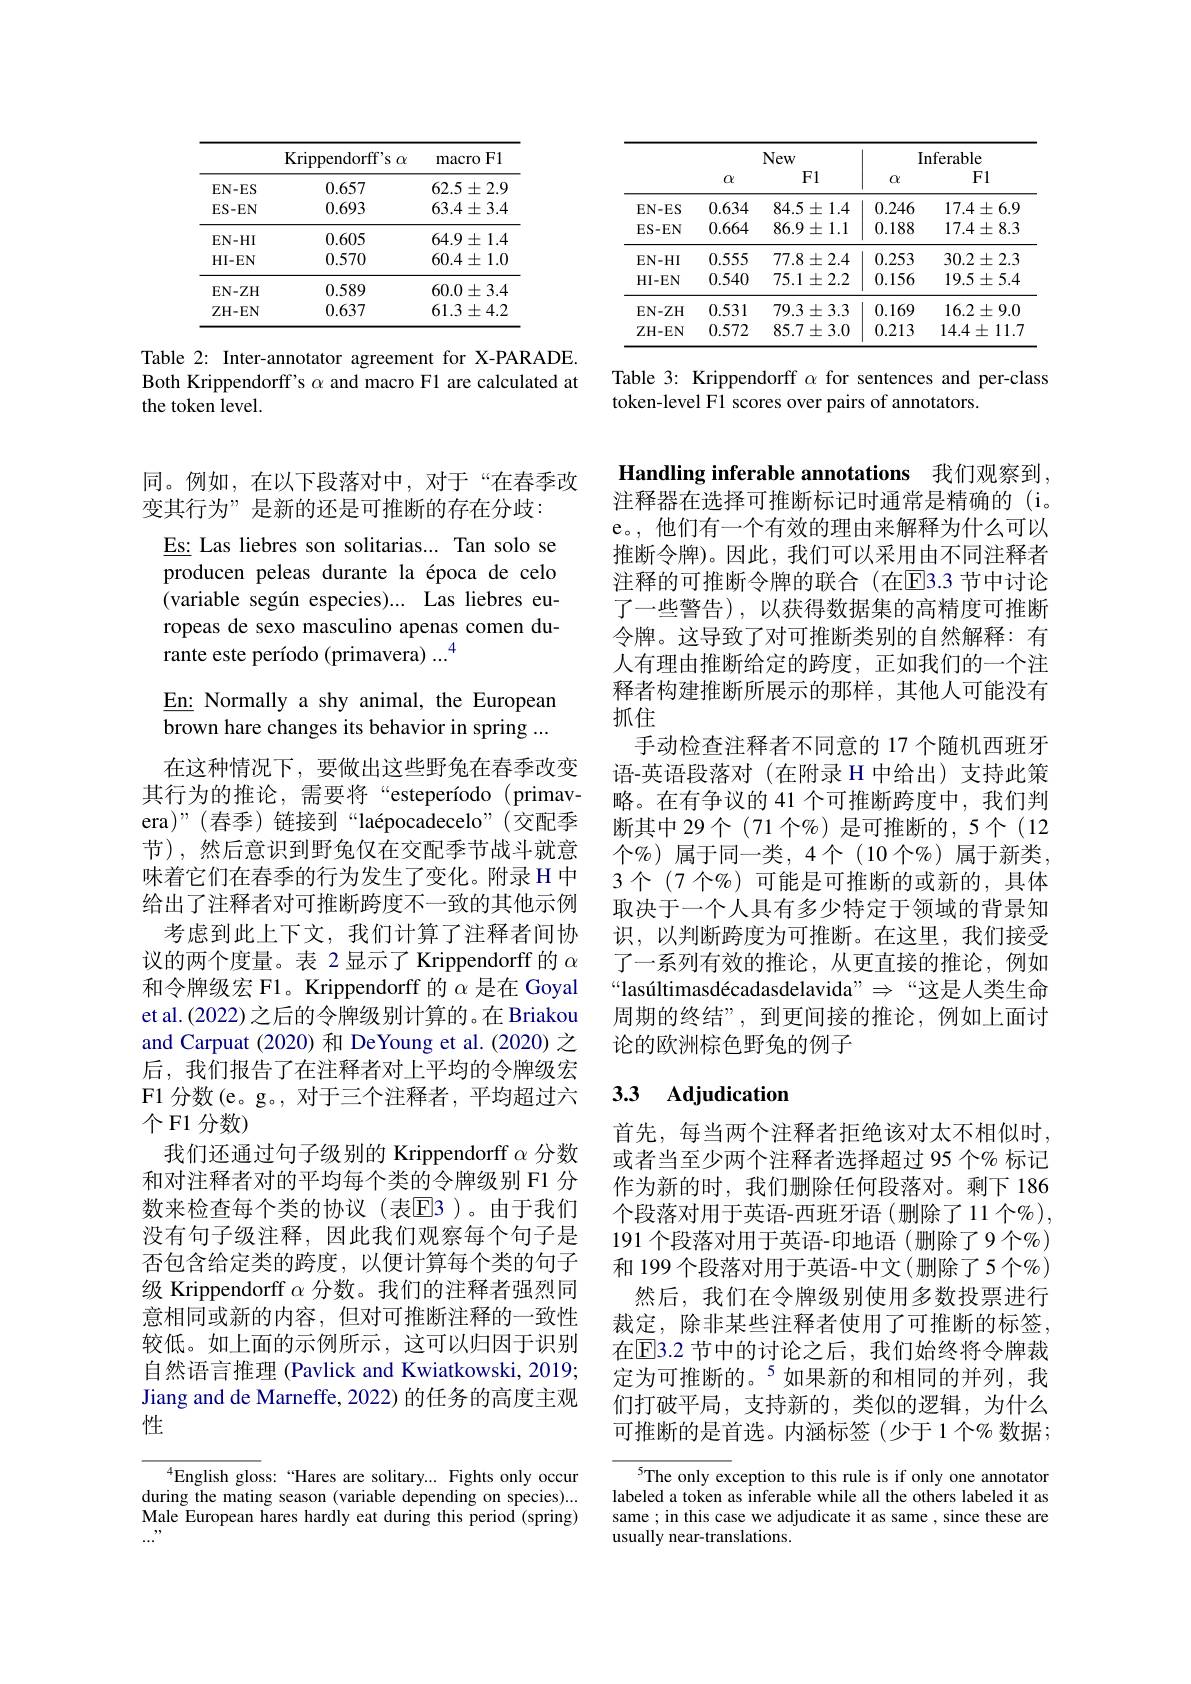
<table>
	<tbody>
		<tr>
			<th> </th>
			<th>Krippendorf$f^{\prime }$s $\alpha$</th>
			<th>$F1$ macro</th>
		</tr>
		<tr>
			<td>$EN-ES$</td>
			<td>0.657</td>
			<td>$62.5\pm2.9$</td>
		</tr>
		<tr>
			<td>$ES-EN$</td>
			<td>0.693</td>
			<td>$63.4\pm3.4$</td>
		</tr>
		<tr>
			<td>$\mathbf{EN-HI}$</td>
			<td>0.605</td>
			<td>$64.9\pm1.4$</td>
		</tr>
		<tr>
			<td>HI- EN</td>
			<td>0.570</td>
			<td>$60.4\pm1.0$</td>
		</tr>
		<tr>
			<td>$\mathbf{EN-ZH}$</td>
			<td>0.589</td>
			<td>$60.0\pm3.4$</td>
		</tr>
		<tr>
			<td>ZH- EN</td>
			<td>0.637</td>
			<td>$61.3\pm4.2$</td>
		</tr>
	</tbody>
</table>

Table 2: Inter-annotator agreement for X-PARADE. Both Krippendorff's $\alpha$ and macro F1 are calculated at the token level.

<table>
	<tbody>
		<tr>
			<th> </th>
			<th>$\alpha$</th>
			<th>New F1</th>
			<th>$II$ $\alpha$</th>
			<th>nferable F1</th>
		</tr>
		<tr>
			<th> </th>
			<th colspan="2">New</th>
			<th colspan="2">Inferable</th>
		</tr>
		<tr>
			<th> </th>
			<th>$\alpha$</th>
			<th>F1</th>
			<th>$\alpha$</th>
			<th>F1</th>
		</tr>
		<tr>
			<td>$EN-ES$</td>
			<td>0.634</td>
			<td>$84.5\pm1.4$</td>
			<td>0.246</td>
			<td>$17.4\pm6.9$</td>
		</tr>
		<tr>
			<td>ES- EN</td>
			<td>0.664</td>
			<td>$86.9\pm1.1$</td>
			<td>0.188</td>
			<td>$17.4\pm8.3$</td>
		</tr>
		<tr>
			<td>$EN-HI$</td>
			<td>0.555</td>
			<td>$77.8\pm2.4$</td>
			<td>0.253</td>
			<td>$30.2\pm2.3$</td>
		</tr>
		<tr>
			<td>$HI-EN$</td>
			<td>0.540</td>
			<td>$75.1\pm2.2$</td>
			<td>0.156</td>
			<td>$19.5\pm5.4$</td>
		</tr>
		<tr>
			<td>$EN-ZH$</td>
			<td>0.531</td>
			<td>$79.3\pm3.3$</td>
			<td>0.169</td>
			<td>$16.2\pm9.0$</td>
		</tr>
		<tr>
			<td>ZH- EN</td>
			<td>0.572</td>
			<td>$85.7\pm3.0$</td>
			<td>0.213</td>
			<td>$14.4\pm11.7$</td>
		</tr>
	</tbody>
</table>

Table 3: Krippendorff $\alpha$ for sentences and per-class
token-level F1 scores over pairs of annotators.

同。例如，在以下段落对中，对于“在春季改
变其行为”是新的还是可推断的存在分歧：

Es: Las liebres son solitarias... Tan solo se producen peleas durante la época de celo (variable según especies)...Las liebres europeas de sexo masculino apenas comen durante este período (primavera) $...^4$

En: Normally a shy animal, the European brown hare changes its behavior in spring ...

在这种情况下，要做出这些野兔在春季改变其行为的推论，需要将“esteperíodo(primavera)”(春季)链接到“laépocadecelo”(交配季节),然后意识到野兔仅在交配季节战斗就意味着它们在春季的行为发生了变化。附录 H 中给出了注释者对可推断跨度不一致的其他示例
考虑到此上下文，我们计算了注释者间协议的两个度量。表 2 显示了 Krippendorff 的$\alpha$ 和令牌级宏 F1。Krippendorff 的$\alpha$是在 Goyal et al.(2022)之后的令牌级别计算的。在 Briakou and Carpuat (2020) 和 DeYoung et al.(2020) 之后，我们报告了在注释者对上平均的令牌级宏F1 分数(e。g。, 对于三个注释者，平均超过六个F1 分数)
我们还通过句子级别的 Krippendorff $\alpha$分数和对注释者对的平均每个类的令牌级别 F1 分数来检查每个类的协议(表E3)。由于我们没有句子级注释，因此我们观察每个句子是否包含给定类的跨度，以便计算每个类的句子级 Krippendorff $\alpha$分数。我们的注释者强烈同意相同或新的内容，但对可推断注释的一致性较低。如上面的示例所示，这可以归因于识别自然语言推理 (Pavlick and Kwiatkowski, 2019; Jiang and de Marneffe, 2022) 的任务的高度主观性

$^{4}$English gloss: “Hares are solitary... Fights only occur during the mating season (variable depending on species)... Male European hares hardly eat during this period (spring)

Handling inferable annotations 我们观察到， 注释器在选择可推断标记时通常是精确的(i。

e。,他们有一个有效的理由来解释为什么可以推断令牌)。因此，我们可以采用由不同注释者注释的可推断令牌的联合(在$\overline{\mathrm{E}}$3.3 节中讨论了一些警告),以获得数据集的高精度可推断令牌。这导致了对可推断类别的自然解释：有人有理由推断给定的跨度，正如我们的一个注释者构建推断所展示的那样，其他人可能没有抓住
手动检查注释者不同意的 17 个随机西班牙语-英语段落对(在附录 H 中给出)支持此策略。在有争议的 41 个可推断跨度中，我们判断其中 29个(71 个%) 是可推断的，5 个(12个 $\%$)属于同一类，4个(10个%)属于新类， 3个(7 个$\%)$ 可能是可推断的或新的，具体取决于一个人具有多少特定于领域的背景知识，以判断跨度为可推断。在这里，我们接受了一系列有效的推论，从更直接的推论，例如“lasúltimasdécadasdelavida” $\Rightarrow$“这是人类生命周期的终结”,到更间接的推论，例如上面讨论的欧洲棕色野兔的例子

# 3.3 Adjudication

首先，每当两个注释者拒绝该对太不相似时， 或者当至少两个注释者选择超过 95 个% 标记作为新的时，我们删除任何段落对。剩下 186个段落对用于英语-西班牙语(删除了11个%), 191 个段落对用于英语-印地语 (删除了9 个$o_{0})$ 和 199 个段落对用于英语-中文(删除了5 个%)
然后，我们在令牌级别使用多数投票进行裁定，除非某些注释者使用了可推断的标签， 在$\overline{\mathrm{E}}$3.2 节中的讨论之后，我们始终将令牌裁定为可推断的。$^{5}$如果新的和相同的并列，我们打破平局，支持新的，类似的逻辑，为什么可推断的是首选。内涵标签(少于1个%数据；

5The only exception to this rule is if only one annotator labeled a token as inferable while all the others labeled it as same; in this case we adjudicate it as same , since these are usually near-translations.